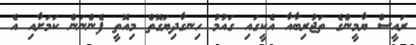
ރައީސް ޔާމީންގެ ތަޖުރިބާއާ އެކީގައި ގައުމު ހިނގާދިޔަގޮތް މިއޮތީ ފެންނަން ކަމަށާއި އެ